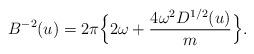
LaTeX: \begin{align*}B^{-2}(u)=2\pi\Bigl\{2\omega+{4\omega^2D^{1/2}(u)\over m}\Bigr\}.\end{align*}